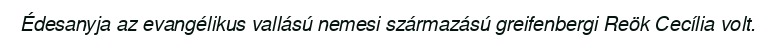
Édesanyja az evangélikus vallású nemesi származású greifenbergi Reök Cecília volt.